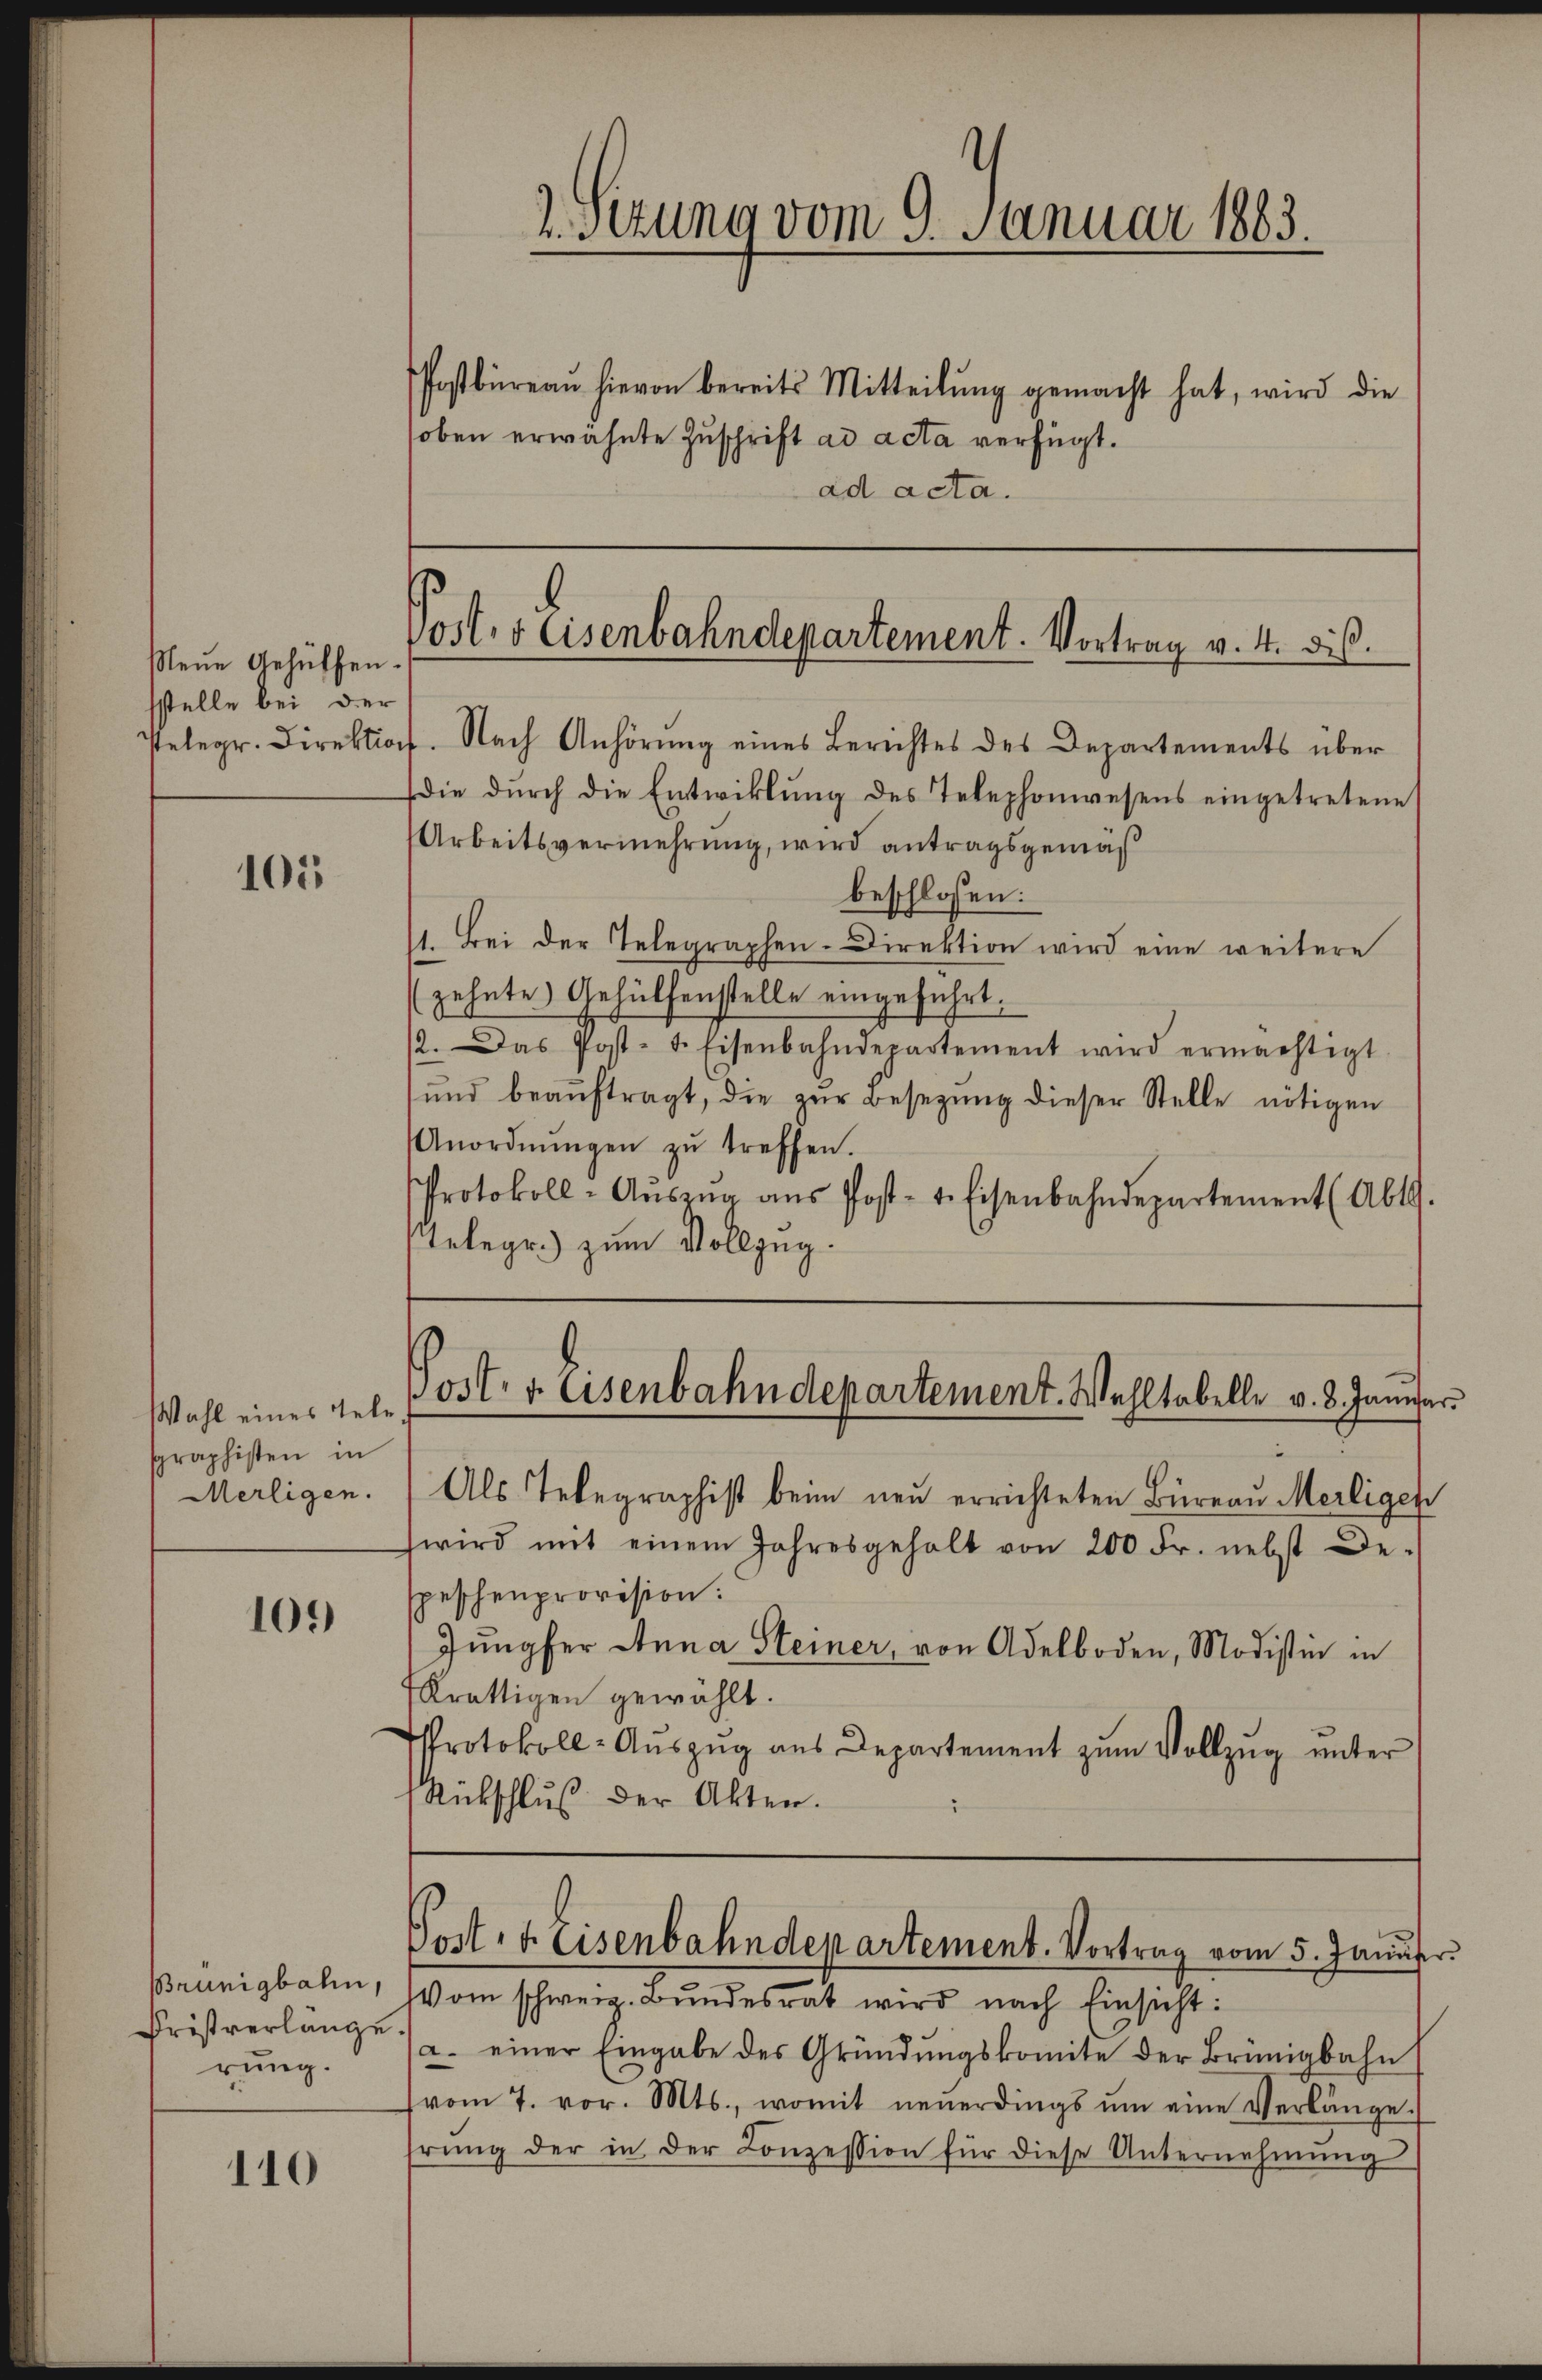
Neue Gehülfen.
sstelle bei der

105

Wahl eines Tele
graphisten in
Merligen.

109

Brünigbahn,
Fristverlange
rung.

110

Postbüreaŭ hievon bereits Mitteilung gemacht hat, wird die
hoben erwähnte Zuschrift ad acta verfügt.
ad acta.

2.sezung vom 9. Januar 1883.

Post, 5 Eisenbahndepartement. Vortrag v. 4. diß.

stelegr. Direktion. Nach Anhörŭng eines Berichtes des Departements über
(die dŭrch die Entwicklung des Telephonwesens eingetretene
Arbeitsvermehrung, wird antragsgemäß
beschlossen:
11. Bei der Telegraphen-Direktion wird eine weitere
(zehnte Gehülfenstelle eingeführt:
12. Das Post-S. Eisenbahndepartement wird ermächtigt.
ŭnd beaŭftragt, die zŭr Besetzŭng dieser Stelle nötigen
Anordnŭngen zŭ treffen.
Protokoll-Aŭsza aŭs Post- 4. Eisenbahndepartement (Abt.
telegr.) zum Vollzug.

ost. v. Eisenbahndepartement. Wohltabelle v. 8. Januar

Als Telegraphist beim neu errichteten Büreau Meiligen
wird mit einem Jahresgehalt von 200 Fr. nebst De-
speschenprovision:
Jungfer Anna Steiner, von Adelboden, Modistin in
Krättigen gewählt.
Protokoll-Aŭszŭg aŭs Departement zŭm Vollzŭg ŭnter
Rückschlŭβ der Akten.

Post- & Eisenbahndepartement. Vortrag vom 5. Januser

Vom schweiz. Bundesrat wird nach Einsicht:
a. einer Eingabe des Gründŭngskomite der Brünigbahn
vom 7. vor. Mts., womit neŭerdings ŭm eine Verlänge.
rŭng der in der Conzession für diese Unternehmung